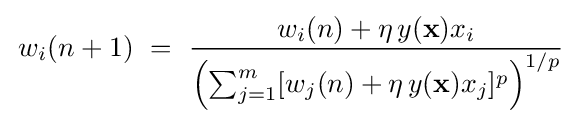
\,w_{i}(n+1)~=~{\frac {w_{i}(n)+\eta \,y(\mathbf {x} )x_{i}}{\left(\sum _{j=1}^{m}[w_{j}(n)+\eta \,y(\mathbf {x} )x_{j}]^{p}\right)^{1/p}}}